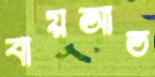
বায়আত